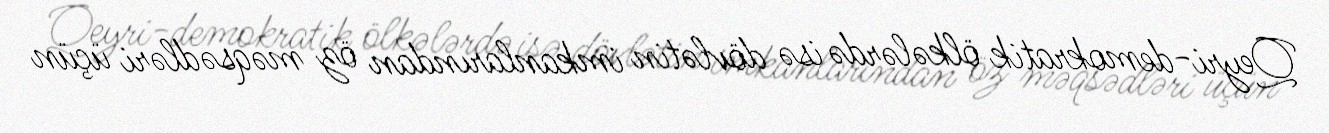
Qeyri-demokratik ölkələrdə isə dövlətin imkanlarından öz məqsədləri üçün